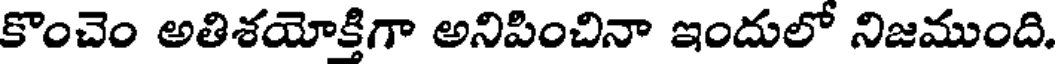
కొంచెం అతిశయోక్తిగా అనిపించినా ఇందులో నిజముంది.